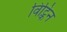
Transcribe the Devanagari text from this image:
विट्किन